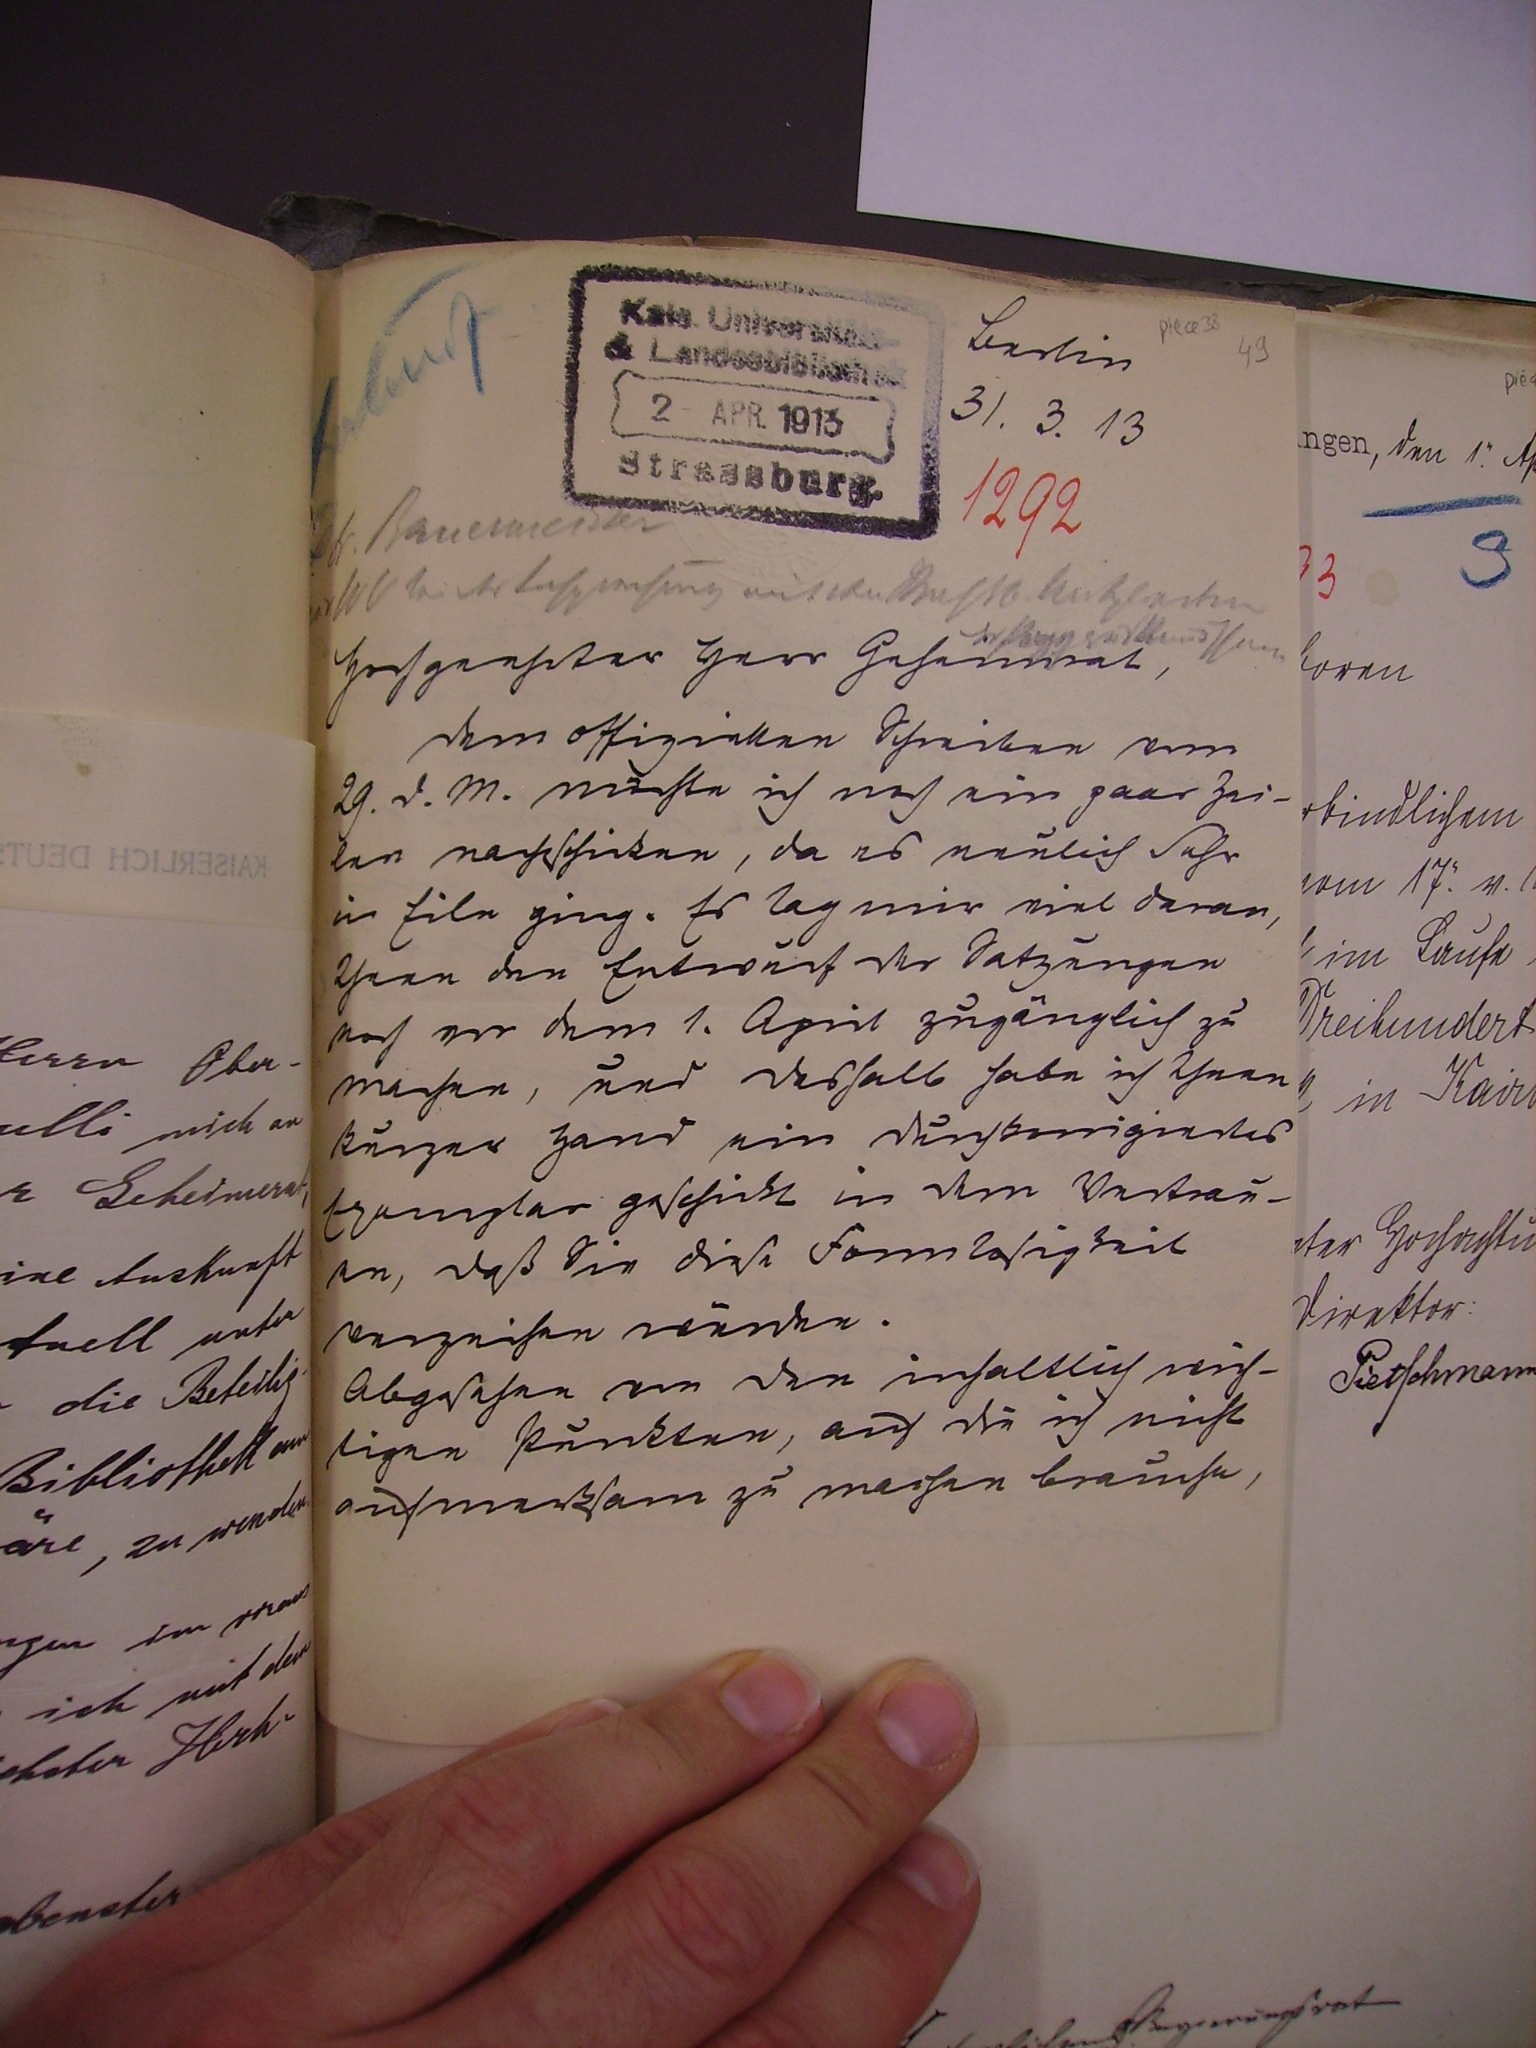
Berlin

31.3.13
1292

Hochgeehrter Herr Geheimrat,
dem offiziellen Schreiben vom
29.d.m. musste ich noch ein paar Zei¬
len nachschicken, da es neulich sehr
in Eile ging. Es lag mir viel daran,
Ihnen den Entwurf der Satzungen
noch vor dem 1. April zugänglich zu
machen, und deshalb habe ich Ihnen
kurzer Hand ein durchkorrigiertes
Exemplar geschickt in dem Vertrau¬
en, daß sie diese Formlosigkeit
verzeihen würden.
Abgesehen von den inhaltlich wich¬
tigen Punkten, auf die ich nicht
aufmerksam zu machen brauche,